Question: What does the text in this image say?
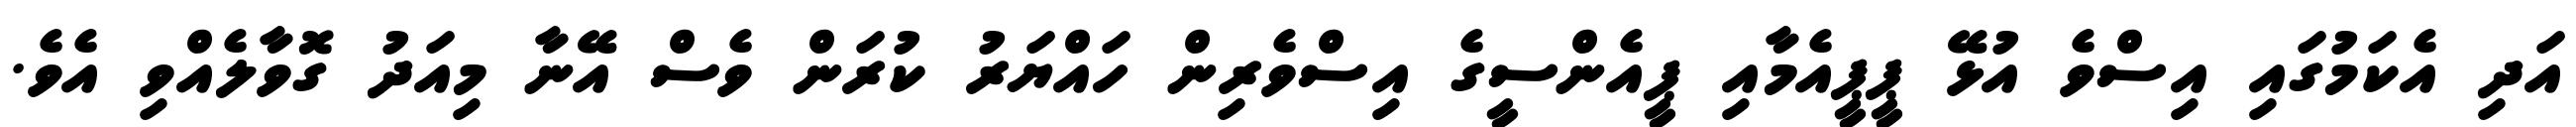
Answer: އަދި އެކަމުގައި އިސްވެ އުޅޭ ޕީޕީއެމާއި ޕީއެންސީގެ އިސްވެރިން ހައްޔަރު ކުރަން ވެސް އޭނާ މިއަދު ގޮވާލެއްވި އެވެ.